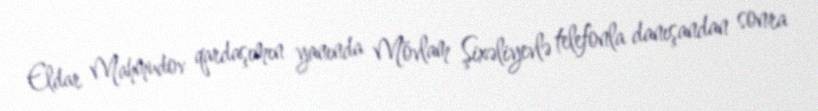
Eldar Mahmudov qardaşımın yanında Mövlam Şixəliyevlə telefonla danışandan sonra